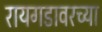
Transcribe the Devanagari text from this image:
रायगडावरच्या